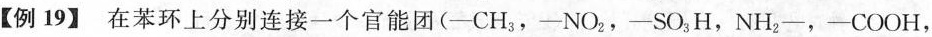
【例19】在苯环上分别连接一个官能团(-CH_{3}，-NO_{2}，-SO_{3}H，NH_{2}-，-COOH，